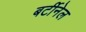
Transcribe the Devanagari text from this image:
बर्टीनेल